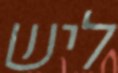
ליש